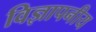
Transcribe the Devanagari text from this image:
विज्ञापनीय